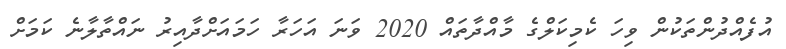
އުފެއްދުންތަކުން ވިހަ ކެމިކަލްގެ މާއްދާތައް 2020 ވަނަ އަހަރާ ހަމައަށްދާއިރު ނައްތާލާނެ ކަމަށް